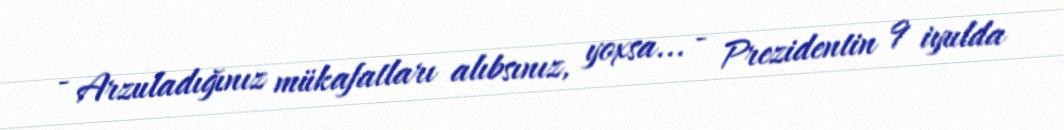
- Arzuladığınız mükafatları alıbsınız, yoxsa... - Prezidentin 9 iyulda